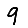
Digit: 9